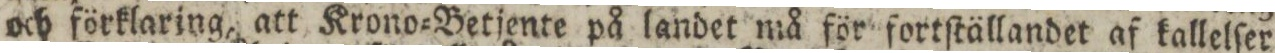
och förklaring, att Krono=Betjente på landet må för fortſtällandet af kallelſer